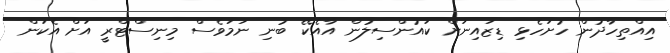
އިއްތިހާދުން ހުށަހެޅި ޑިޒައިނަށް ކައުންސިލުން އާއެކޭ ބުނި ނަމަވެސް މިނިސްޓްރީ އަށް އެކަން